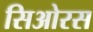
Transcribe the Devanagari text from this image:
सिओरस